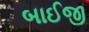
બાઈજી